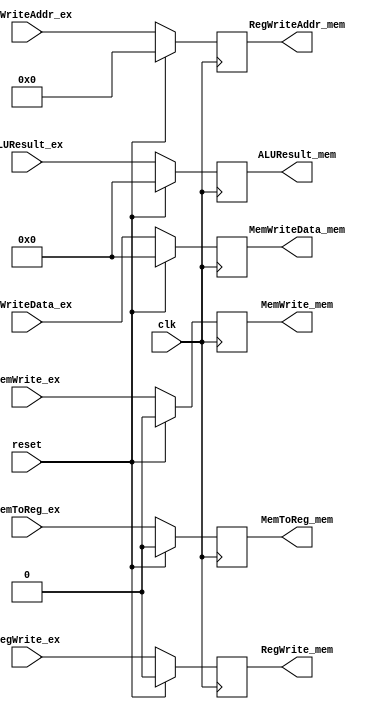
`timescale 1ns / 1ps
//20181218   JiangNan WU
//EX_MEM Register

module EX_MEM_reg( 
	clk,reset,       // reset : used for simulation
	
	//Input  from EX
	MemWrite_ex,  MemWriteData_ex,	
	RegWrite_ex, RegWriteAddr_ex,    			
	MemToReg_ex,		
	ALUResult_ex,	
	
	//Output to MEM
	MemWrite_mem,  MemWriteData_mem,  // for Mem operation
	RegWrite_mem, RegWriteAddr_mem,		// for WB operation
	MemToReg_mem, 
	ALUResult_mem
);
	input			clk;
	input			reset;
	input	[31:0]	ALUResult_ex;
	
	input	MemWrite_ex;
	input	[31:0]MemWriteData_ex;
	
	input	RegWrite_ex;
	input	MemToReg_ex;
	input	[4:0]	RegWriteAddr_ex;
	
	output	reg MemWrite_mem;
	output	reg	[31:0]MemWriteData_mem;
	output	reg RegWrite_mem;
	output	reg MemToReg_mem;
	output	reg [4:0]	RegWriteAddr_mem;
	output	reg [31:0]	ALUResult_mem;

	
	always @(posedge clk ) 
	begin
		if (reset)
		begin
			MemWrite_mem  <=  1'b0;
			MemWriteData_mem  <=  32'b0;
			 RegWrite_mem  <=  1'b0;
			 MemToReg_mem  <=  1'b0;
			 RegWriteAddr_mem  <=  5'b0;
			 ALUResult_mem <=  32'b0; 
		end 
		
		else
		begin
		MemWrite_mem <= MemWrite_ex;
		MemWriteData_mem <= MemWriteData_ex;								
		RegWrite_mem <= RegWrite_ex;
		MemToReg_mem <= MemToReg_ex;
		RegWriteAddr_mem <= RegWriteAddr_ex; 	
		ALUResult_mem <= ALUResult_ex;
		end
	end

endmodule